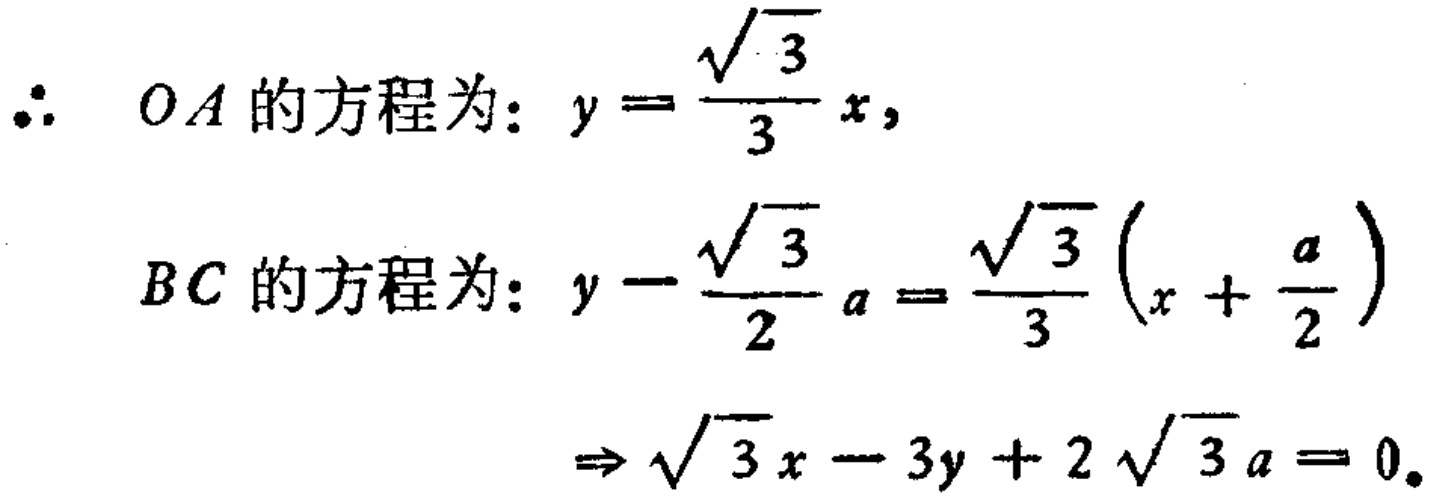
\(\therefore OA \text{ 的方程为: } y = \frac{\sqrt{3}}{3}x,\)
\(BC \text{ 的方程为: } y - \frac{\sqrt{3}}{2}a = \frac{\sqrt{3}}{3}(x + \frac{a}{2})\)
\(\Rightarrow \sqrt{3}x - 3y + 2\sqrt{3}a = 0.\)